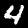
Label: 4